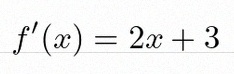
f'(x)=2x+3